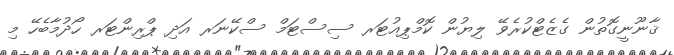
ޤާނޫނީގޮތުން ގެޒެޓްކުރެވޭ ލިޔުން ކޮމްޕިއުޓަރ ސިސްޓަމް ސްކޭނަރ އަދި ޕްރިންޓަރ ހޯދުމާބެހޭ މި